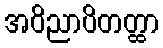
အဝိညာပိတတ္ထာ